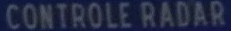
CONTROLE RADAR